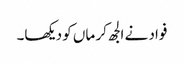
فواد نے الجھ کر ماں کو دیکھا۔